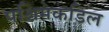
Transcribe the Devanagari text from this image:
पश्चिमेकडिल